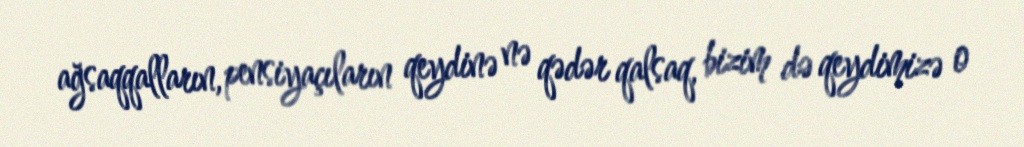
ağsaqqalların, pensiyaçıların qeydinə nə qədər qalsaq, bizim də qeydimizə o